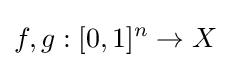
f,g:[0,1]^{n}\to X